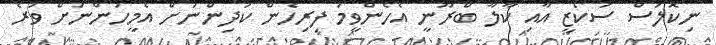
ނިކޮލަސް ސަކޯޒީ އާއި ކާލާ ބްރޫނީ އެހެންވީމަ ފިރިހެން ކުދިންނަށް އެމީހުންނަށް ވުރެ